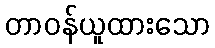
တာဝန်ယူထားသော